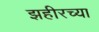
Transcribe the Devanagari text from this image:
झहीरच्या